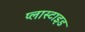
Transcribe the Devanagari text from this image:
प्लास्टाइड